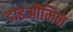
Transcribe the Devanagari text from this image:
डाइऔमिन